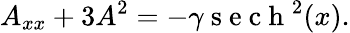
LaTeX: A_{xx}+3A^{2}=-\gamma\mathrm{~s~e~c~h~}^{2}(x).